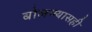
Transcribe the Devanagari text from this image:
बोलण्यासही